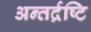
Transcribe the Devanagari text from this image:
अन्तर्द्रष्टि